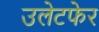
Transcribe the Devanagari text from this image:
उलेटफेर